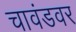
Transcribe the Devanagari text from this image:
चावंडवर